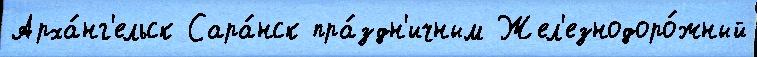
Арха́нг'ельск Сара́нск пра́здн'ичным Жел'езнодоро́жный